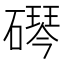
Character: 𬒠